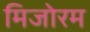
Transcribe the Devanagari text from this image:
मिजोरम